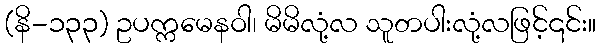
(နိ-၁၃၃) ဥပက္ကမေနဝါ၊ မိမိလုံ့လ သူတပါးလုံ့လဖြင့်၎င်း။